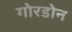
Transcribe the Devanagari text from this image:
गोरडोन